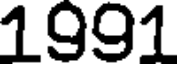
1991